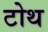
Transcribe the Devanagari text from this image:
टोथ